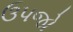
ઉપજો